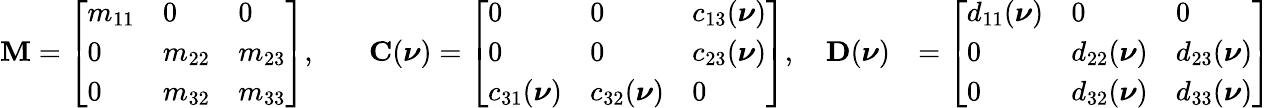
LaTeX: \begin{array}{rlr}{\mathbf{M}=\left[\begin{array}{lll}{m_{11}}&{0}&{0}\\ {0}&{m_{22}}&{m_{23}}\\ {0}&{m_{32}}&{m_{33}}\end{array}\right],}&{\quad\mathbf{C}(\boldsymbol{\nu})=\left[\begin{array}{lll}{0}&{0}&{c_{13}(\boldsymbol{\nu})}\\ {0}&{0}&{c_{23}(\boldsymbol{\nu})}\\ {c_{31}(\boldsymbol{\nu})}&{c_{32}(\boldsymbol{\nu})}&{0}\end{array}\right],\quad\mathbf{D}(\boldsymbol{\nu})}&{=\left[\begin{array}{lll}{d_{11}(\boldsymbol{\nu})}&{0}&{0}\\ {0}&{d_{22}(\boldsymbol{\nu})}&{d_{23}(\boldsymbol{\nu})}\\ {0}&{d_{32}(\boldsymbol{\nu})}&{d_{33}(\boldsymbol{\nu})}\end{array}\right]}\end{array}